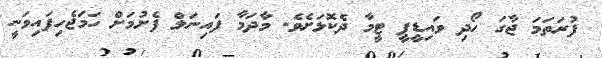
ފުރަތަމަ ޖާގަ ހޯދި ވައިޑީޕީ ޓީމާ ދެކޮޅަށެވެ. މާދަމާ ފައިނަލް ފެށުމަށް ހަމަޖެހިފައިވަނީ